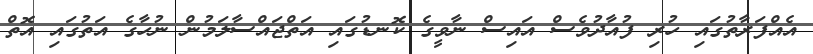
އެއްފަރާތުގައި ހުރި ފުއާދުވެސް އައިސް ނާވީގެ ކޮނޑުގައި އަތްޖައްސާލަމުން ނުހާގެ އަތުގައި އޮތް